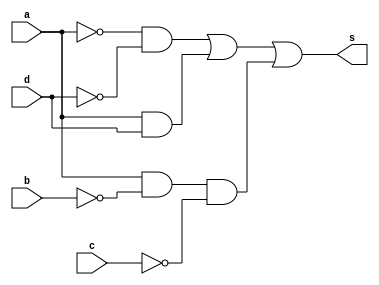
module Exercicio02(s, a, b, c, d);
	output s;
	input a, b, c, d;
	wire na, nb, nc, nd, t1, t2, t3;
	not NOT1(na, a);
	not NOT2(nb, b);
	not NOT3(nc, c);
	not NOT4(nd, d);
	and AND1(t1, na, nd);
	and AND2(t2, a, d);
	and AND3(t3, a, nb, nc);
	or OR1(s, t1, t2, t3);
endmodule

module testeExercicio02();
	reg a, b, c, d;
	wire s;
	integer linha, i, j, k, l;

	Exercicio02 CIRCUITO(s, a, b, c, d);

	initial begin
		a = 0;
		b = 0;
		c = 0;
		d = 0;
		linha = -1;
	end

	initial begin
		$display("Exercicio 02 - Douglas Borges - 417889\n");

		#1 $display("   a b c d  S");

		for(i = 0; i < 2; i = i + 1)begin
			a = i;
			for(j = 0; j < 2; j = j + 1)begin
				b = j;
				for(k = 0; k < 2; k = k + 1)begin
					c = k;
					for(l = 0; l < 2; l = l + 1)begin
						#1 d = l; linha = linha + 1;
						#1 $display("%2d %b %b %b %b  %b", linha, a, b, c, d, s);
					end
				end
			end
		end
	end

/*
Exercicio 02 - Douglas Borges - 417889

   a b c d  S
 0 0 0 0 0  1
 1 0 0 0 1  0
 2 0 0 1 0  1
 3 0 0 1 1  0
 4 0 1 0 0  1
 5 0 1 0 1  0
 6 0 1 1 0  1
 7 0 1 1 1  0
 8 1 0 0 0  1
 9 1 0 0 1  1
10 1 0 1 0  0
11 1 0 1 1  1
12 1 1 0 0  0
13 1 1 0 1  1
14 1 1 1 0  0
15 1 1 1 1  1
*/
endmodule